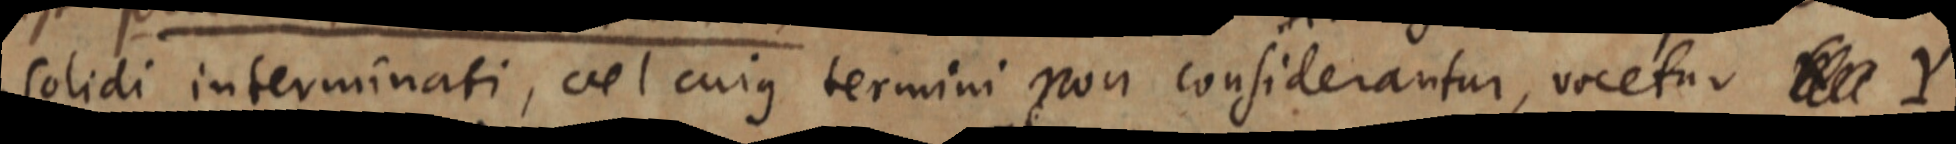
solidi interminati, vel cuius termini non considerantur, vocetur _ Y